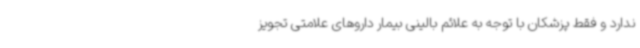
ندارد و فقط پزشکان با توجه به علائم بالینی بیمار داروهای علامتی تجویز